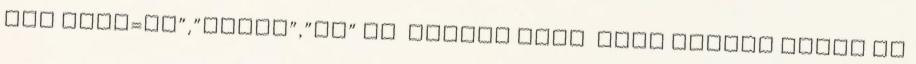
IIF neme=„F”,”FÉRFI”,”NŐ” AS Tanuló neme FROM tanulo GROUP BY